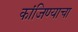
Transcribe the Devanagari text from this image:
कांजिण्याचा